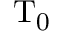
\mathrm { { T _ { 0 } } }